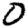
Digit: 0